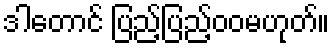
ဒါတောင် ပြည့်ပြည့်ဝဝမဟုတ်။